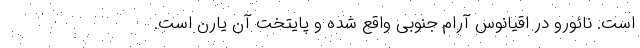
است. نائورو در اقیانوس آرام جنوبی واقع شده و پایتخت آن یارن است.